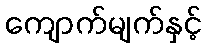
ကျောက်မျက်နှင့်